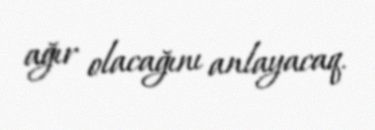
ağır olacağını anlayacaq.